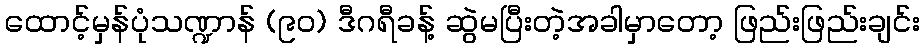
ထောင့်မှန်ပုံသဏ္ဍာန် (၉၀) ဒီဂရီခန့် ဆွဲမပြီးတဲ့အခါမှာတော့ ဖြည်းဖြည်းချင်း